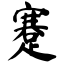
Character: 蹇